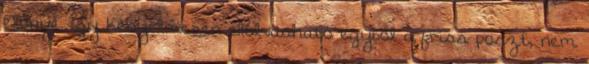
előnye, így kényelmesen elolvasható egyből a friss poszt, nem